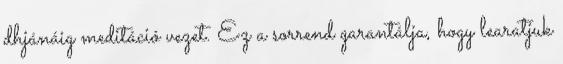
dhjánáig meditáció vezet. Ez a sorrend garantálja, hogy learatjuk